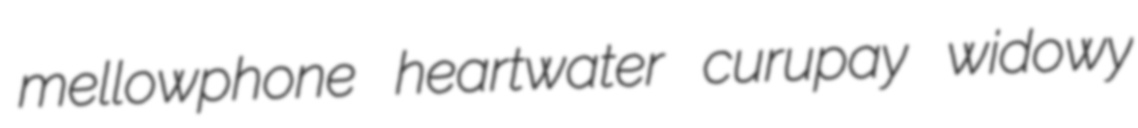
mellowphone heartwater curupay widowy